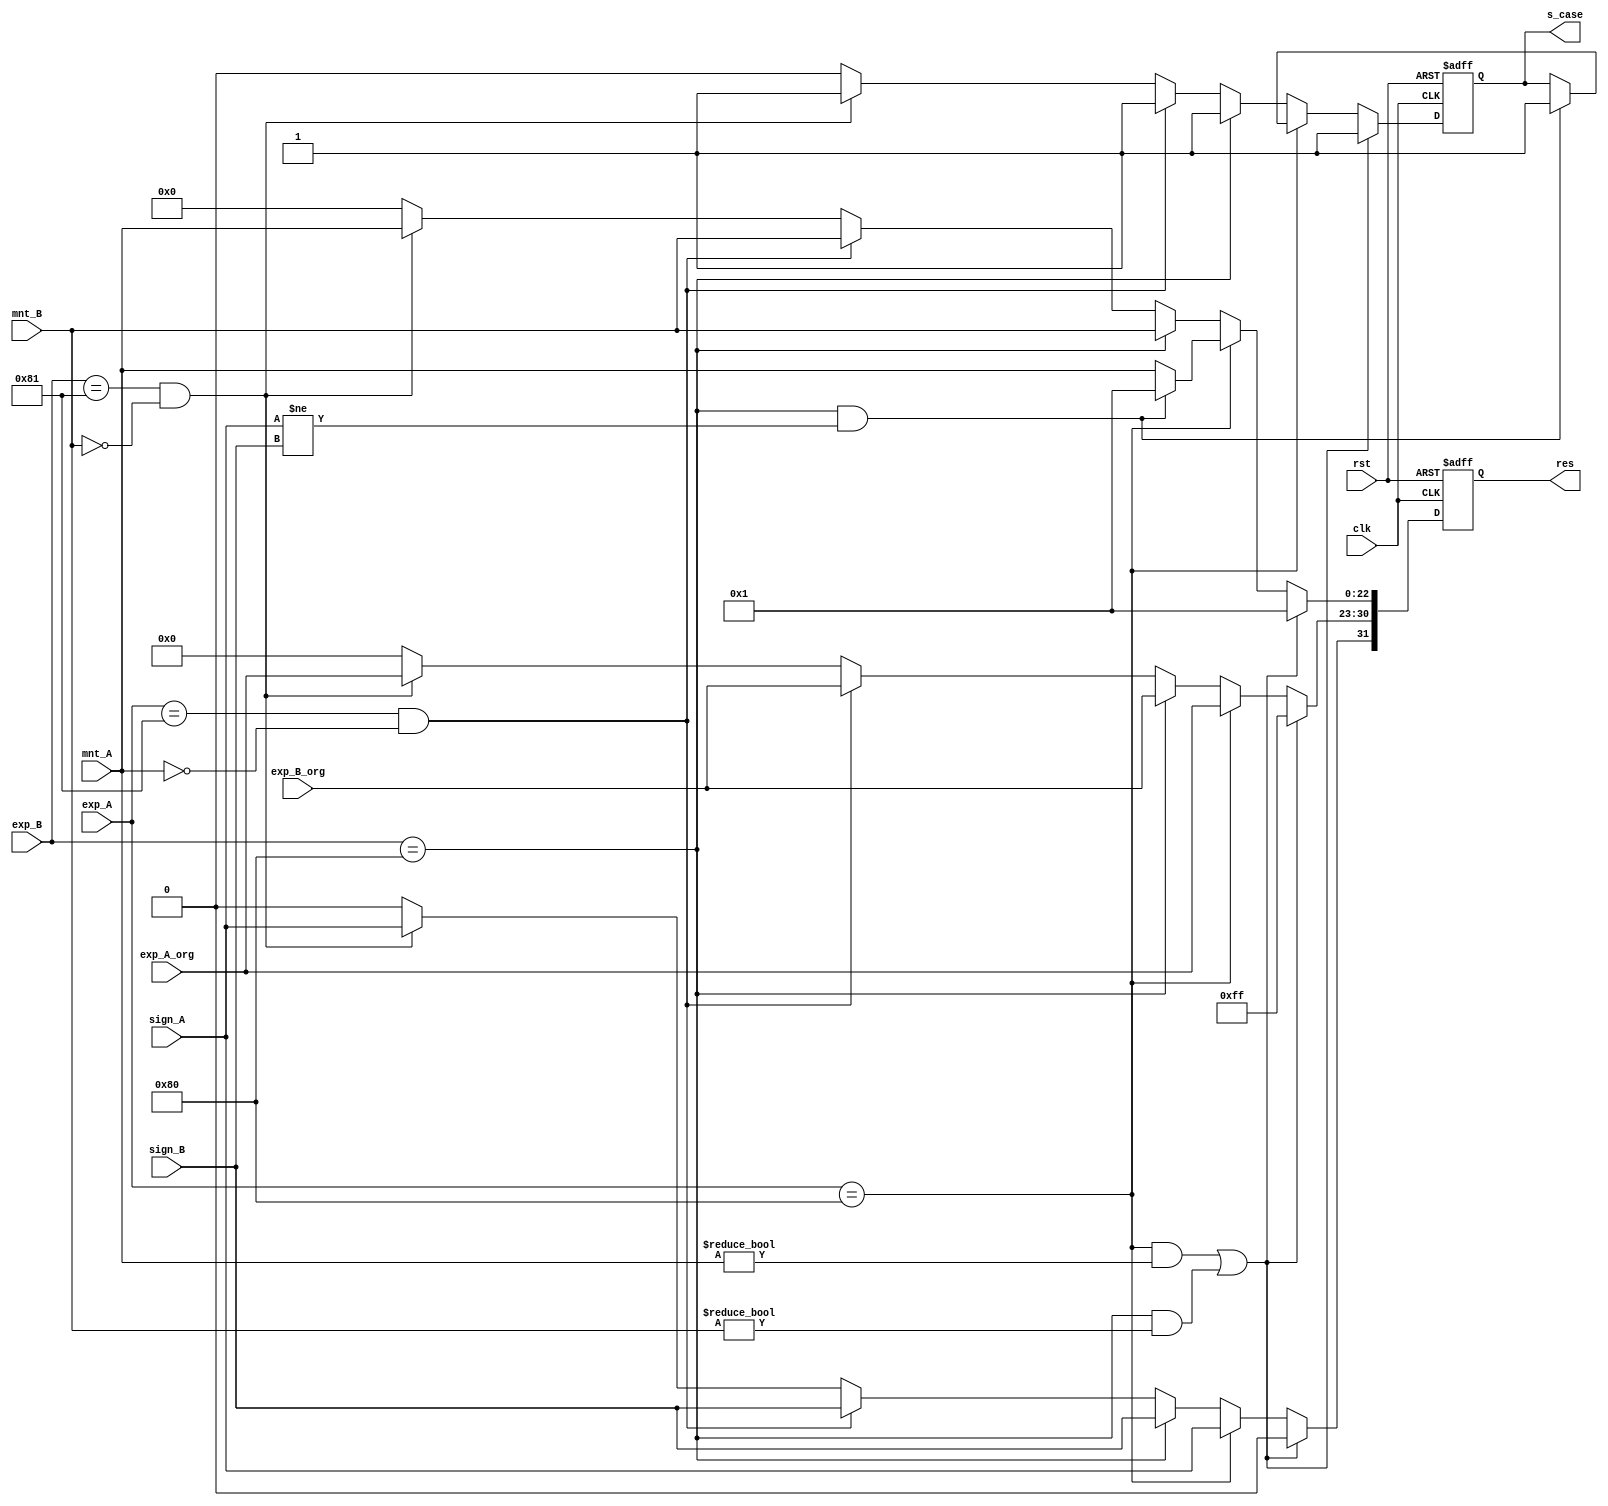
// Spc_case.v
module spc_case #(parameter E_WIDTH=8, M_WIDTH=23) (clk, rst, sign_A, sign_B, exp_A, exp_B, exp_A_org, exp_B_org, mnt_A, mnt_B, res, s_case);

    // Control Signals
    input clk;
    input rst;

    // Input-Output Signals
    input sign_A;
    input sign_B;
    input [E_WIDTH-1:0] exp_A;
    input [E_WIDTH-1:0] exp_B;
    input [E_WIDTH-1:0] exp_A_org;
    input [E_WIDTH-1:0] exp_B_org;
    input [M_WIDTH-1:0] mnt_A; 
    input [M_WIDTH-1:0] mnt_B; 
    output reg [E_WIDTH+M_WIDTH:0] res;
    output reg s_case;

    // Parameters 
    parameter BIAS = 1 << (E_WIDTH-1);
    parameter nBIAS = BIAS + 1'b1;

    always @(posedge clk or negedge rst) begin 

        if(rst == 1'b0) begin 
            res <= 0;
            s_case <= 0;
        end

        else begin
            // If any of them is Nan
            if (((exp_A==BIAS) && (mnt_A!=0)) || ((exp_B==BIAS) && (mnt_B!=0))) begin
                res[E_WIDTH+M_WIDTH] <= 1'b0;
                res[E_WIDTH+M_WIDTH-1:M_WIDTH] <= (BIAS<<1) - 1;
                res[M_WIDTH-1:0] <= 1;
                s_case <= 1'b1;
            end
            // -> None of them is Nan
            // If A is Inf
            else if (exp_A==BIAS) begin
                res <= {sign_A,exp_A_org,mnt_A};
                s_case <= 1'b1;
                // If B is also Inf and signs don't match
                if ((exp_B==BIAS) && (sign_A!=sign_B)) begin
                    res[E_WIDTH+M_WIDTH:M_WIDTH] <= {sign_A,exp_A_org};
                    res[M_WIDTH-1:0] <= 1;
                    s_case = 1'b1;
                end
            end
            // -> None of them is Nan and A is not Inf
            // If B is Inf
            else if (exp_B==BIAS) begin
                res <= {sign_B,exp_B_org,mnt_B};
                s_case <= 1'b1;
            end
            // -> None of them is Nan or Inf
            // If A is Zero
            else if (($signed(exp_A)==nBIAS) && (mnt_A==0)) begin
                res <= {sign_B,exp_B_org,mnt_B};
                s_case <= 1'b1;
            end
            // -> None of them is Nan or Inf, A is non Zero
            // If B is Zero
            else if (($signed(exp_B)==nBIAS) && (mnt_B==0)) begin
                res <= {sign_A,exp_A_org,mnt_A};
                s_case <= 1'b1;
            end
            // -> None of the special cases met
            else begin
                res <= 0;
                s_case <= 1'b0;
            end
        end
    end
endmodule